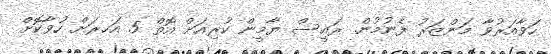
ހަވާއަރުވާ މަންޒަރު ފެނުމުން. ރައީސް ޔާމީން ކުރިއަށް އޮތް 5 އަހރަށް ހުވާކޮށް